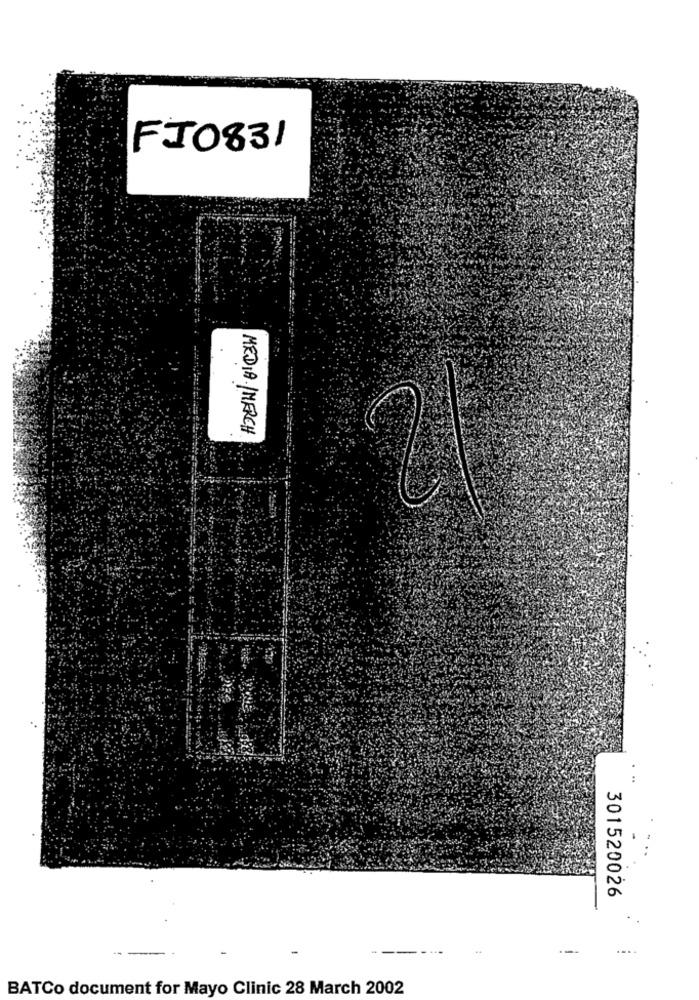
FIO831
MEDIA /MERCH
301520026
--
---
.....
BATCo document for Mayo Clinic 28 March 2002